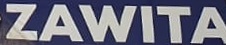
ZAWITA